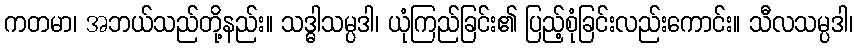
ကတမာ၊ အဘယ်သည်တို့နည်း။ သဒ္ဓါသမ္ပဒါ၊ ယုံကြည်ခြင်း၏ ပြည့်စုံခြင်းလည်းကောင်း။ သီလသမ္ပဒါ၊